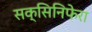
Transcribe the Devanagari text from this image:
सक्सिनिफेरा